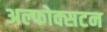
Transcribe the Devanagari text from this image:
अल्फोक्सटन